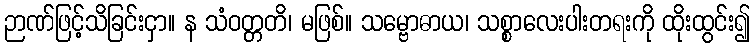
ဉာဏ်ဖြင့်သိခြင်းငှာ။ န သံဝတ္တတိ၊ မဖြစ်။ သမ္ဗောဓာယ၊ သစ္စာလေးပါးတရးကို ထိုးထွင်း၍